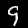
Digit: 9